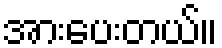
အားပေးတယ်။